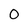
Character: 0